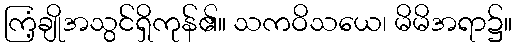
ကြံ့ချိုအသွင်ရှိကုန်၏။ သကဝိသယေ၊ မိမိအရာ၌။